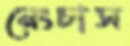
নেংচাস